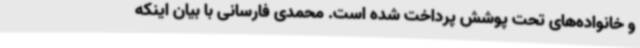
و خانواده‌های تحت پوشش پرداخت شده است. محمدی فارسانی با بیان اینکه